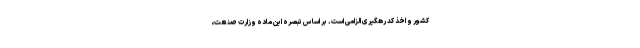
کشور و اخذ کد رهگیری الزامی است. بر اساس تبصره این ماده وزارت صنعت،